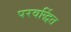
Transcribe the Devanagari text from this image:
परवर्द्धित